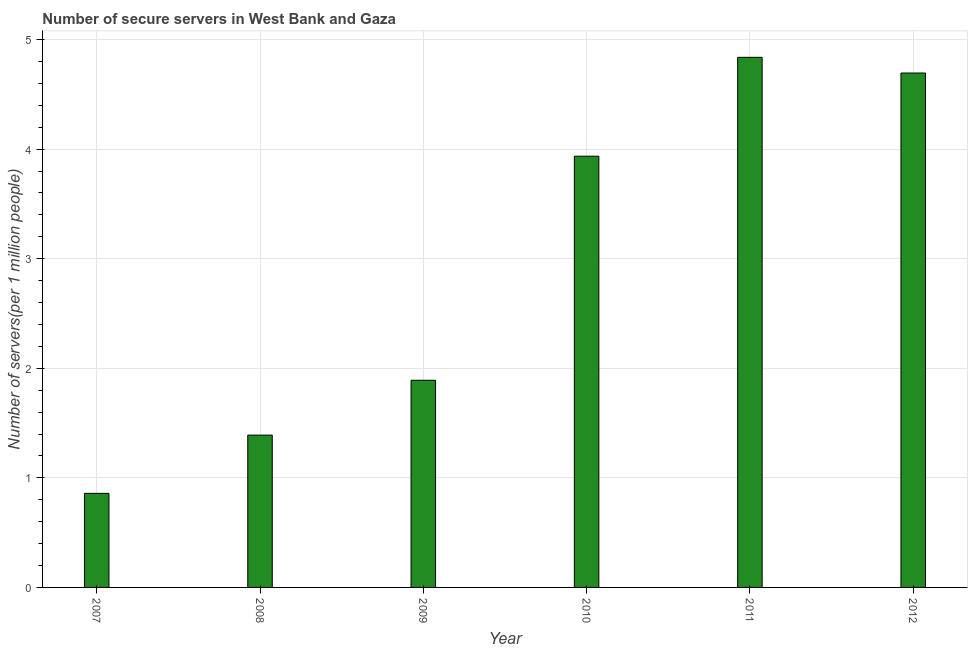
| Year | Secure Internet servers |
 | --- | --- |
 | 2007 | 0.858 |
 | 2008 | 1.39 |
 | 2009 | 1.89 |
 | 2010 | 3.94 |
 | 2011 | 4.84 |
 | 2012 | 4.69 |